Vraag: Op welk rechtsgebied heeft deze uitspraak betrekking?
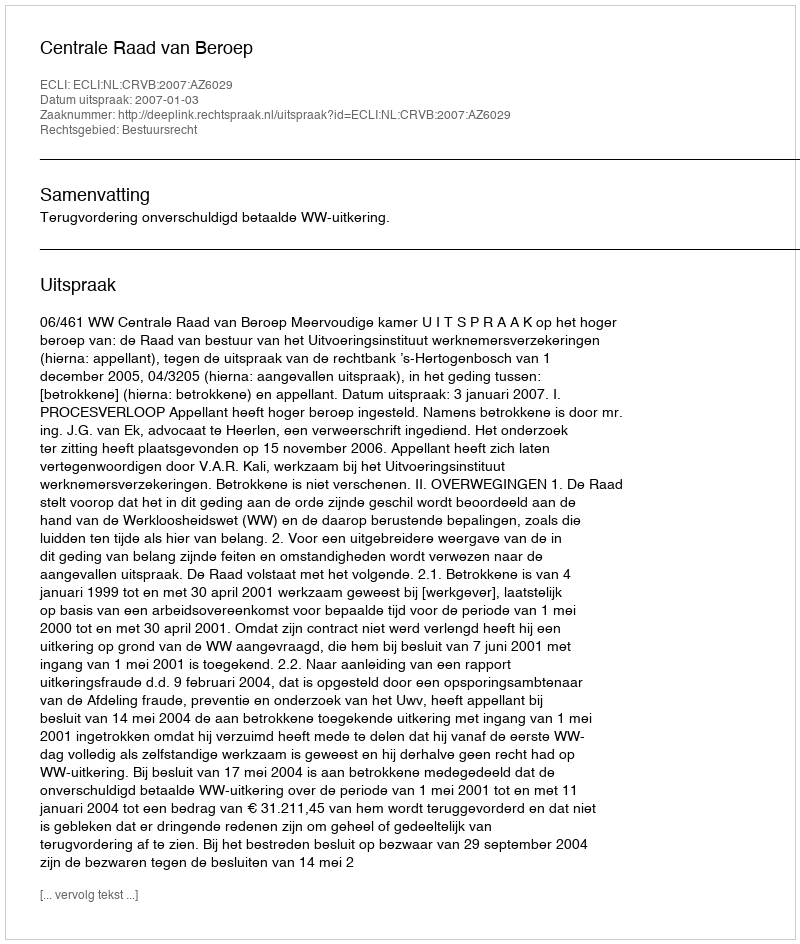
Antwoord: Bestuursrecht